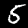
Digit: 5